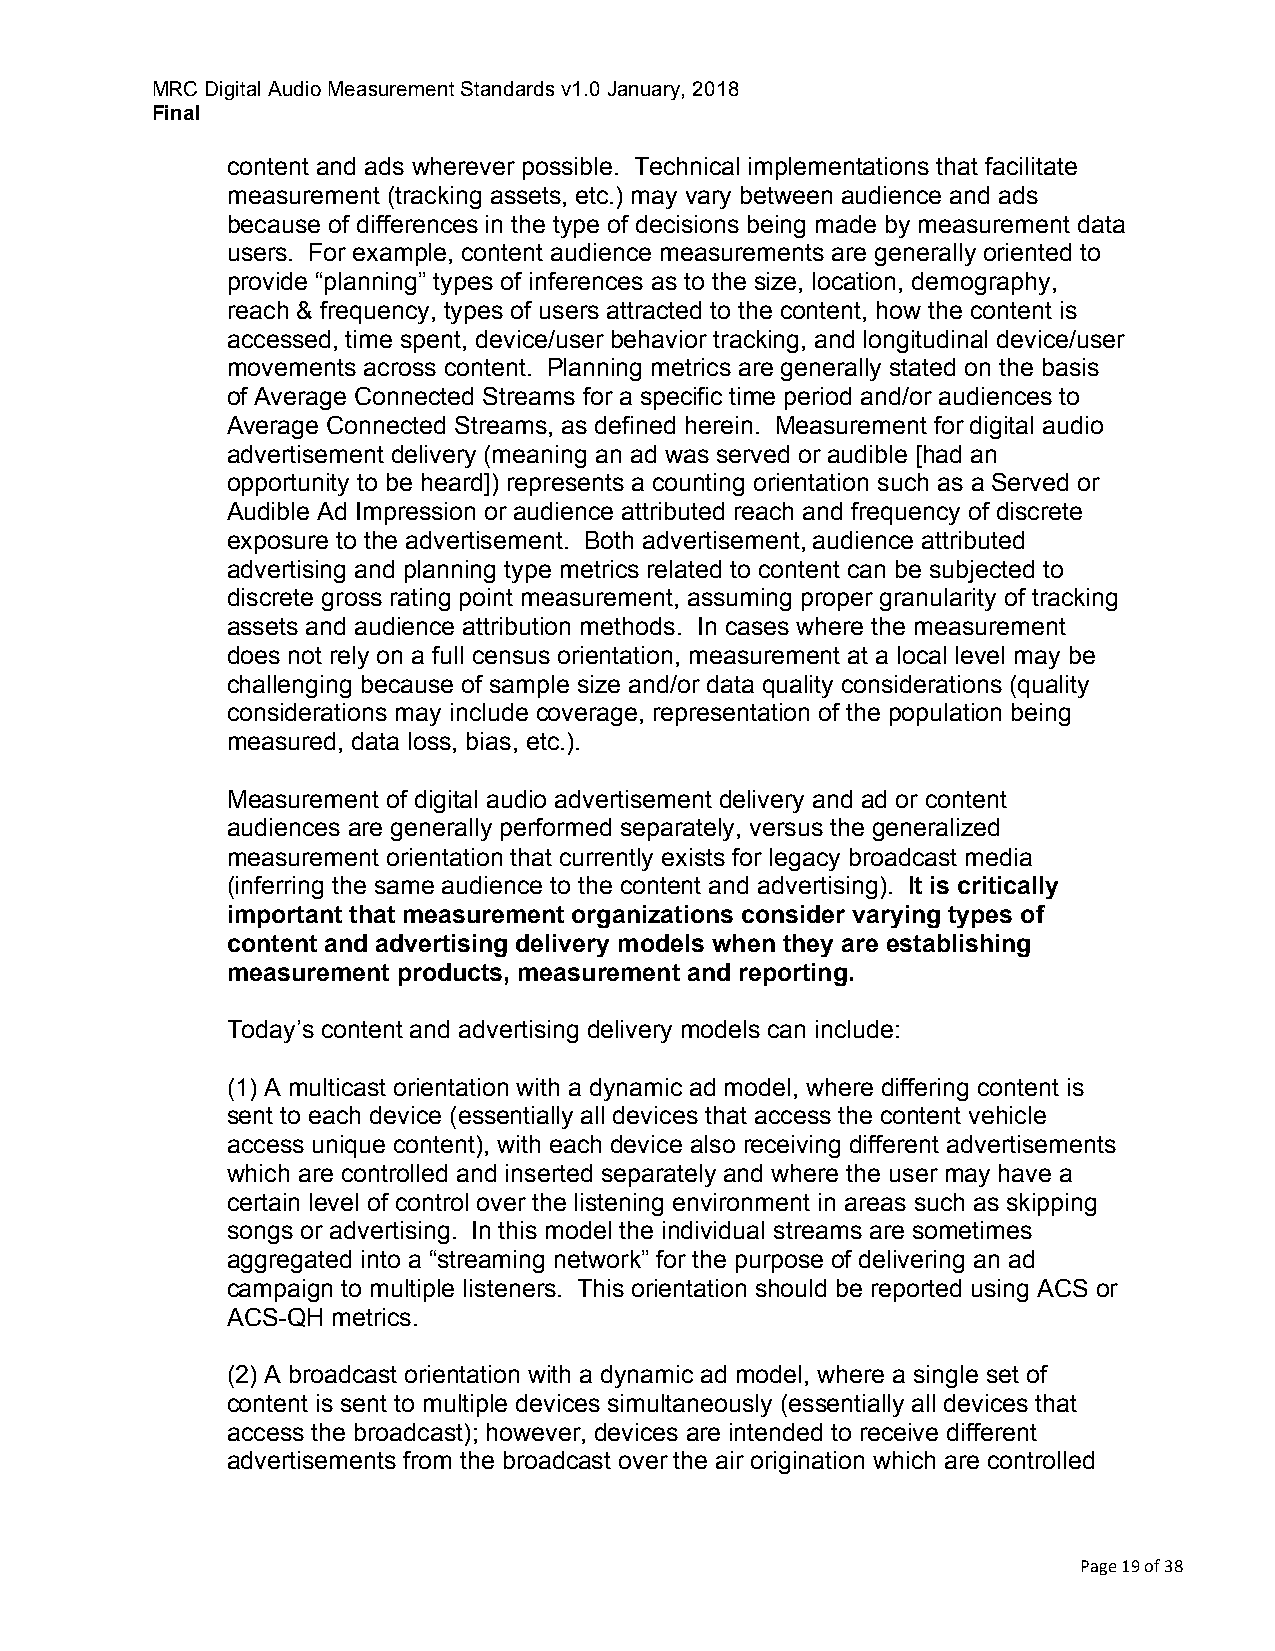
MRC Digital Audio Measurement Standards v1.0 January, 2018
 Final
 content and ads wherever possible. Technical implementations that facilitate
 measurement (tracking assets, etc.) may vary between audience and ads
 because of differences in the type of decisions being made by measurement data
 users. For example, content audience measurements are generally oriented to
 provide “planning” types of inferences as to the size, location, demography,
 reach & frequency, types of users attracted to the content, how the content is
 accessed, time spent, device/user behavior tracking, and longitudinal device/user
 movements across content. Planning metrics are generally stated on the basis
 of Average Connected Streams for a specific time period and/or audiences to
 Average Connected Streams, as defined herein. Measurement for digital audio
 advertisement delivery (meaning an ad was served or audible [had an
 opportunity to be heard]) represents a counting orientation such as a Served or
 Audible Ad Impression or audience attributed reach and frequency of discrete
 exposure to the advertisement. Both advertisement, audience attributed
 advertising and planning type metrics related to content can be subjected to
 discrete gross rating point measurement, assuming proper granularity of tracking
 assets and audience attribution methods. In cases where the measurement
 does not rely on a full census orientation, measurement at a local level may be
 challenging because of sample size and/or data quality considerations (quality
 considerations may include coverage, representation of the population being
 measured, data loss, bias, etc.).
 Measurement of digital audio advertisement delivery and ad or content
 audiences are generally performed separately, versus the generalized
 measurement orientation that currently exists for legacy broadcast media
 (inferring the same audience to the content and advertising). It is critically
 important that measurement organizations consider varying types of
 content and advertising delivery models when they are establishing
 measurement products, measurement and reporting.
 Today’s content and advertising delivery models can include:
 (1) A multicast orientation with a dynamic ad model, where differing content is
 sent to each device (essentially all devices that access the content vehicle
 access unique content), with each device also receiving different advertisements
 which are controlled and inserted separately and where the user may have a
 certain level of control over the listening environment in areas such as skipping
 songs or advertising. In this model the individual streams are sometimes
 aggregated into a “streaming network” for the purpose of delivering an ad
 campaign to multiple listeners. This orientation should be reported using ACS or
 ACS-QH metrics.
 (2) A broadcast orientation with a dynamic ad model, where a single set of
 content is sent to multiple devices simultaneously (essentially all devices that
 access the broadcast); however, devices are intended to receive different
 advertisements from the broadcast over the air origination which are controlled
 Page 19 of 38